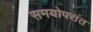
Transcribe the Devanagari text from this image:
समयोपरांत